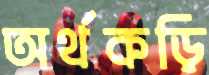
অর্থকড়ি